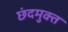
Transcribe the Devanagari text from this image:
छंदमुक्त